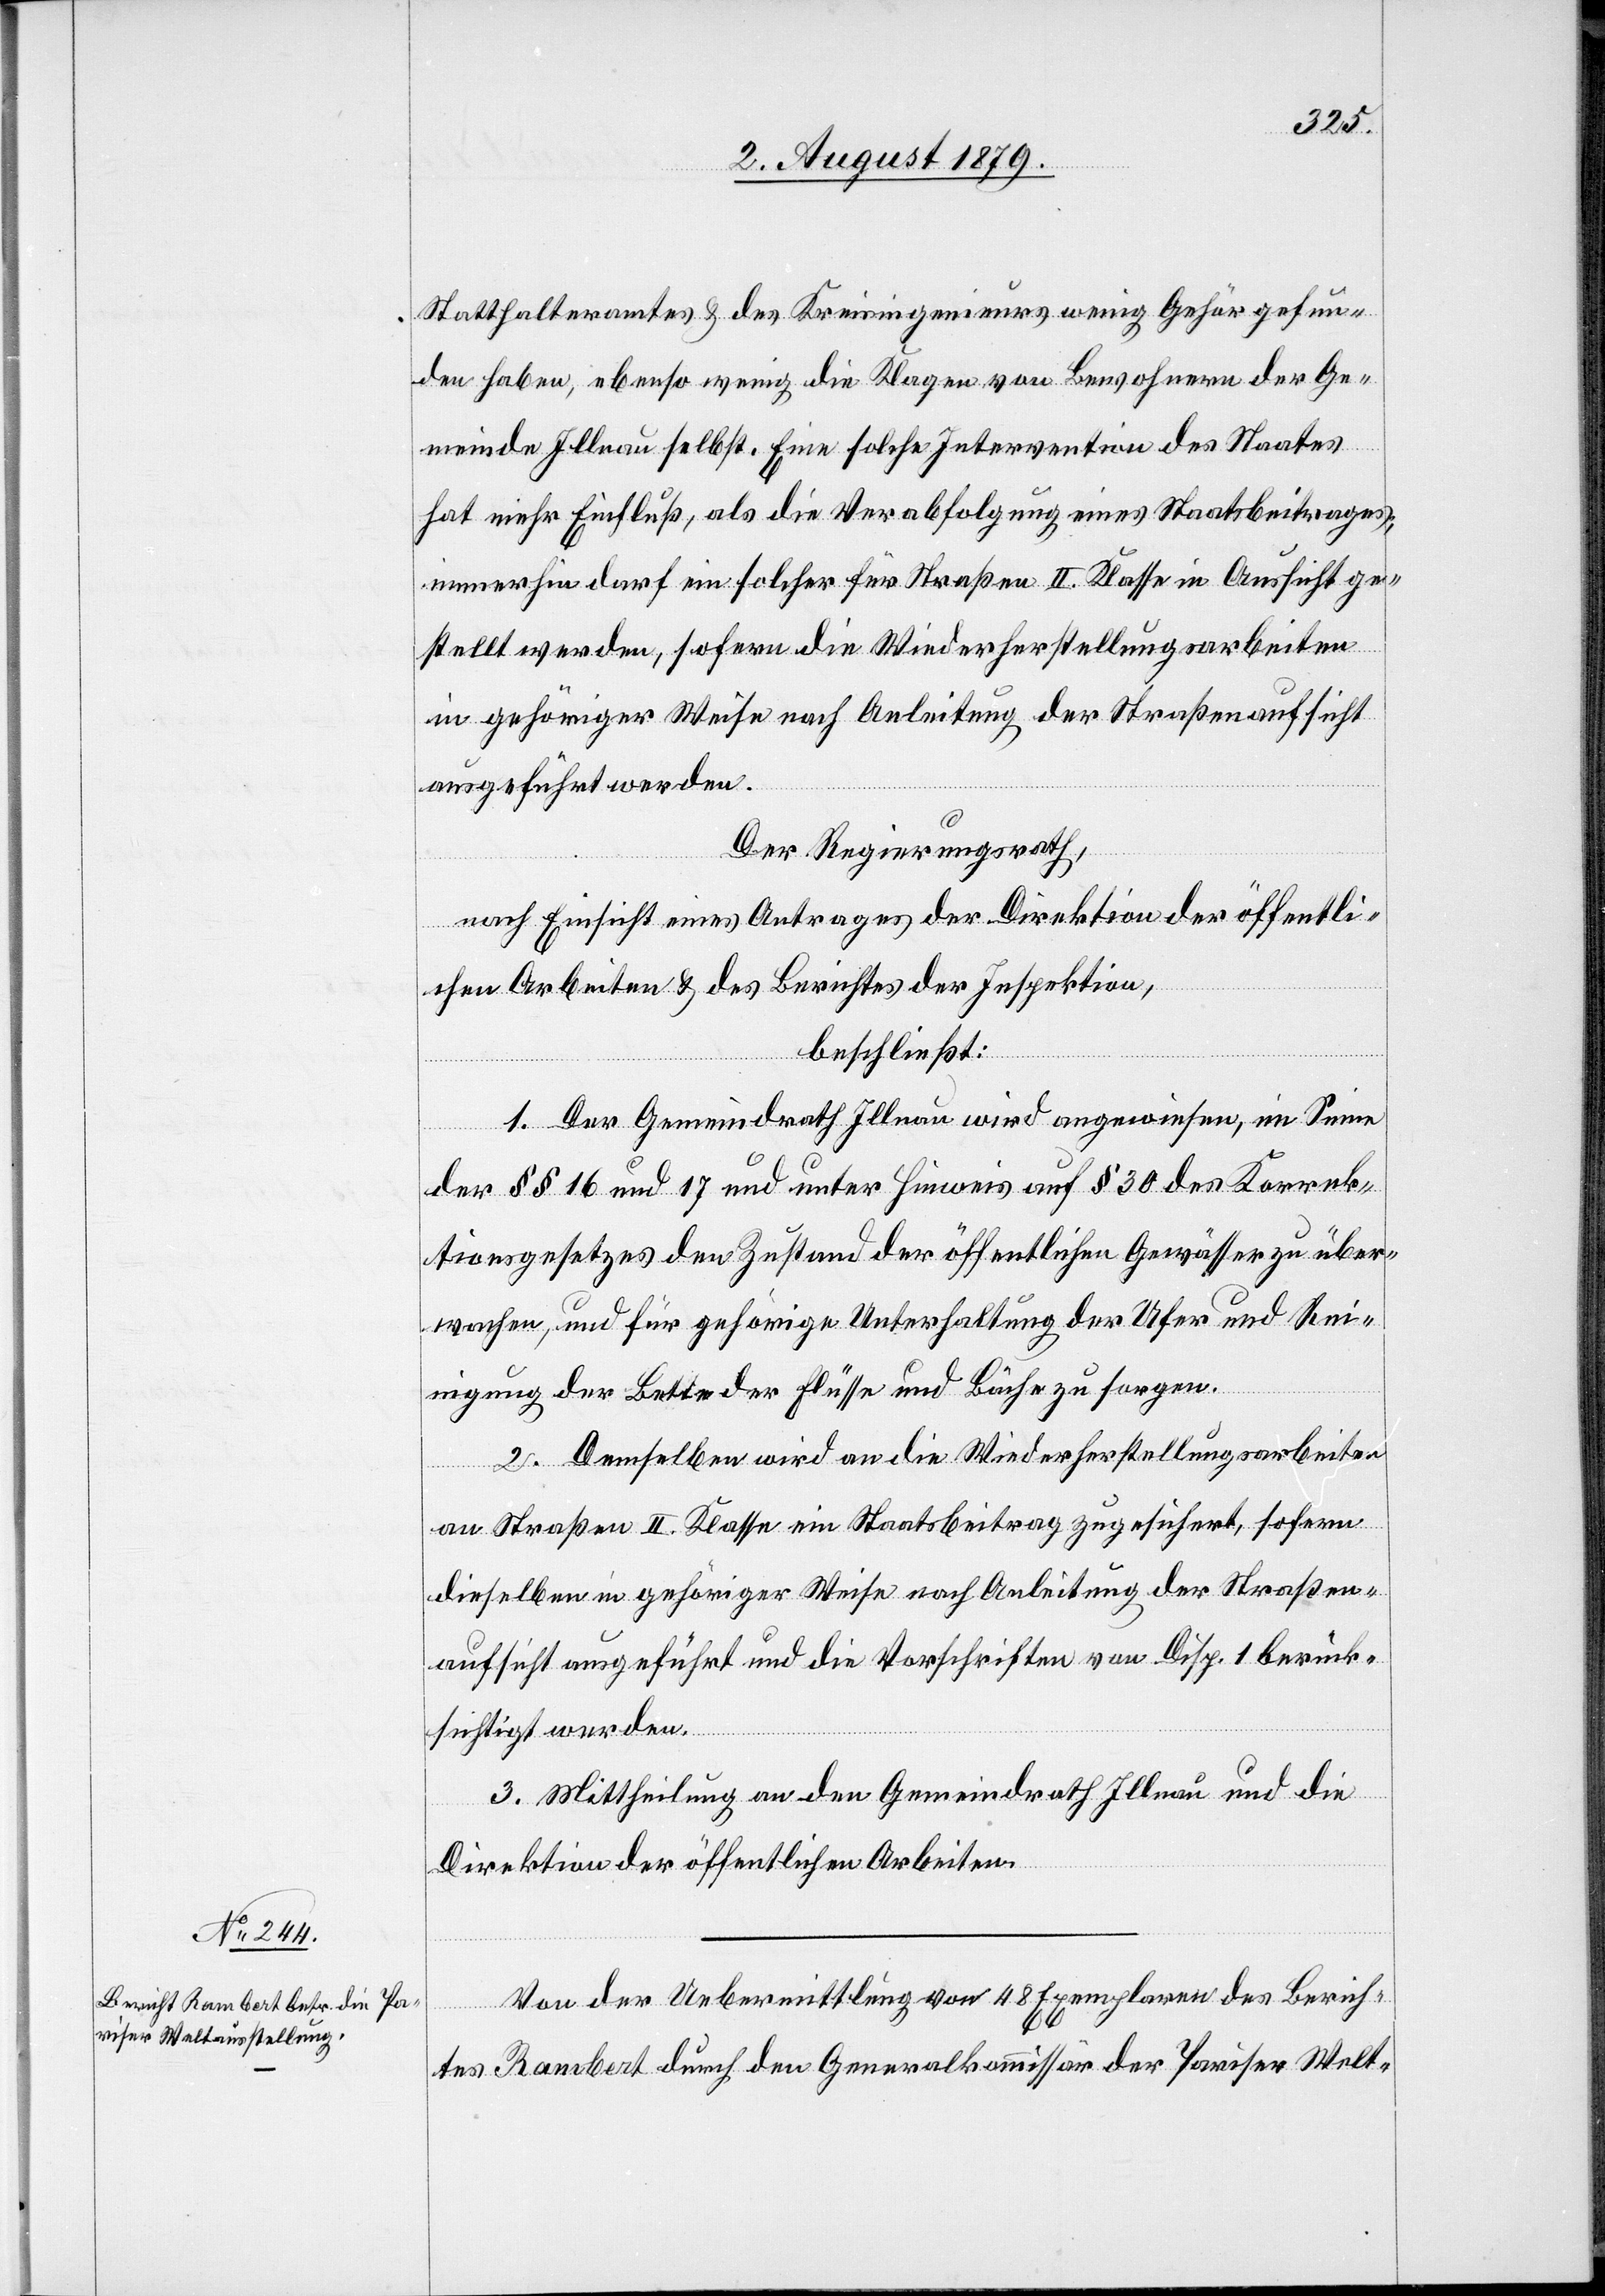
Statthalteramtes & des Kreisingenieurs wenig Gehör gefun¬
den haben, ebenso wenig die Klagen von Bewohnern der Ge¬
meinde Illnau selbst. Eine solche Intervention des Staates
hat mehr Einfluß, als die Verabfolgung eines Staatsbeitrages;
immerhin darf ein solcher für Straßen II. Klasse in Aussicht ge¬
stellt werden, sofern die Wiederherstellungsarbeiten
in gehöriger Weise nach Anleitung der Straßenaufsicht
ausgeführt werden.
Der Regierungsrath,
nach Einsicht eines Antrages der Direktion der öffentli¬
chen Arbeiten & des Berichtes der Inspektion,
beschließt:
1. Der Gemeindrath Illnau wird angewiesen, im Sinne
der §§ 16 und 17 und unter Hinweis auf § 30 des Korrek¬
tionsgesetzes den Zustand der öffentlichen Gewässer zu über¬
wachen, und für gehörige Unterhaltung der Ufer und Rei¬
nigung der Bette der Flüsse und Bäche zu sorgen.
2. Demselben wird an die Wiederherstellungsarbeiten
an Straßen II. Klasse ein Staatsbeitrag zugesichert, sofern
dieselben in gehöriger Weise nach Anleitung der Straßen¬
aufsicht ausgeführt und die Vorschriften von Disp. 1 berück¬
sichtigt werden.
3. Mittheilung an den Gemeindrath Illnau und die
Direktion der öffentlichen Arbeiten.
Von der Uebermittlung von 48 Exemplaren des Berich¬
tes Rambert durch den Generalkommissär der Pariser Welt-